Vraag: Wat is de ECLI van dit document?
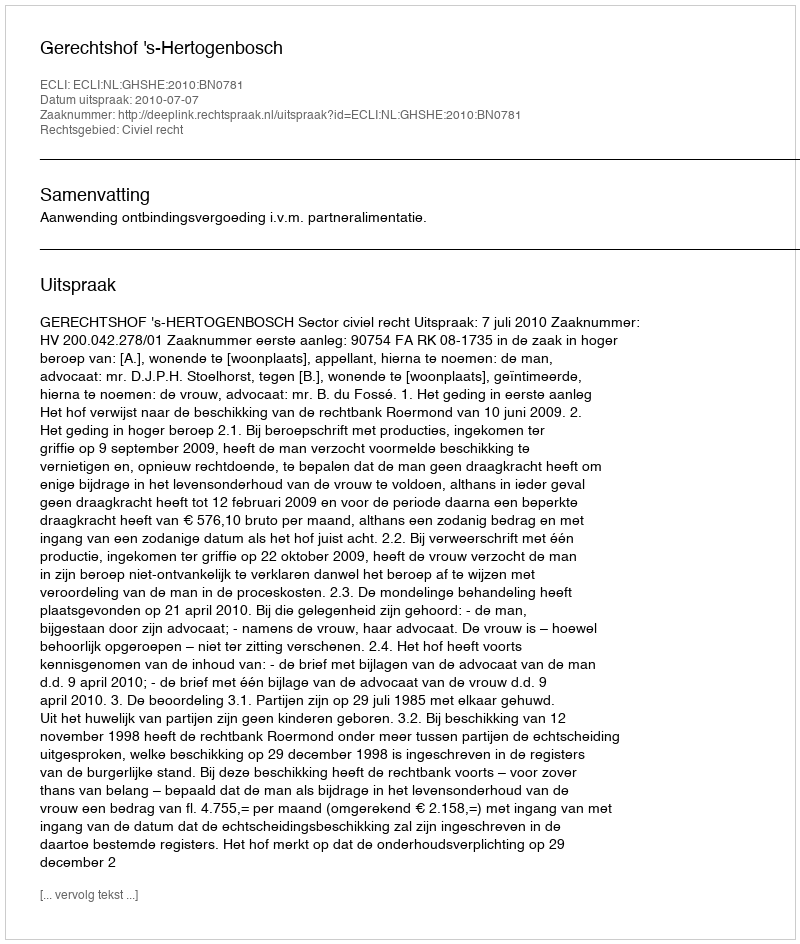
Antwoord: ECLI:NL:GHSHE:2010:BN0781